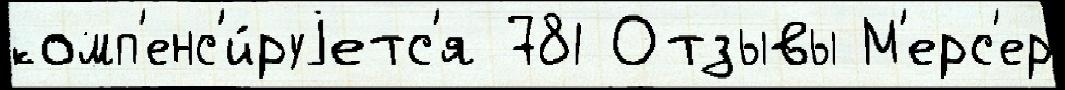
комп'енс'и́руjетс'я 781 Отзывы М'ерс'ер